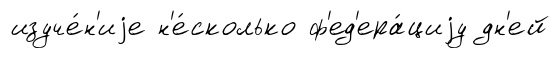
изуче́н'иjе н'е́сколько ф'ед'ера́циjу дн'ей